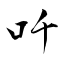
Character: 吀